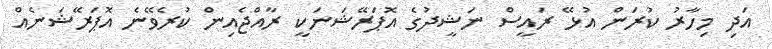
އަދި މިހާރު ކުރަން އުޅޭ ރައީސް ނަޝީދުގެ އޮޕަރޭޝަނަކީ ރާއްޖެއިން ކުރެވޭނެ އޮޕަރޭޝަނެއް